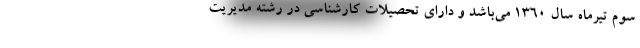
سوم تیرماه سال 1360 می‌باشد و دارای تحصیلات کارشناسی در رشته مدیریت